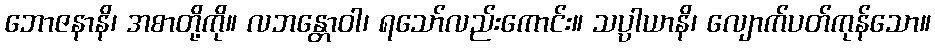
ဘောဇနာနိ၊ အစာတို့ကို။ လဘန္တောဝါ၊ ရသော်လည်းကောင်း။ သပ္ပါယာနိ၊ လျောက်ပတ်ကုန်သော။